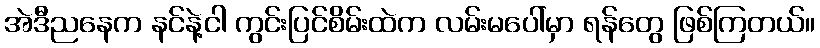
အဲဒီညနေက နင်နဲ့ငါ ကွင်းပြင်စိမ်းထဲက လမ်းမပေါ်မှာ ရန်တွေ ဖြစ်ကြတယ်။